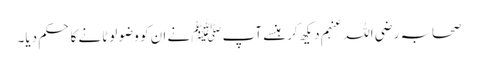
صحابہ رضی اللہ عنہم دیکھ کر ہنسے آپﷺ نے ان کو وضو لوٹانے کا حکم دیا۔